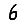
Digit: 6